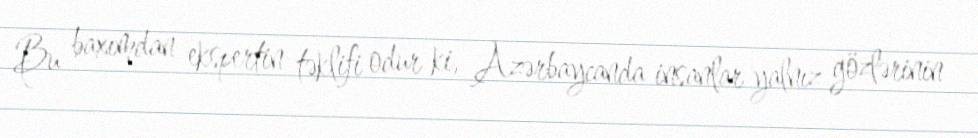
Bu baxımdan ekspertin təklifi odur ki, Azərbaycanda insanlar yalnız gözlərinin